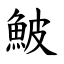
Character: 鮍